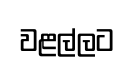
වළල්ලට